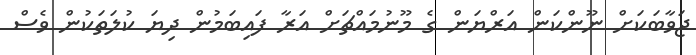
ޖަވާބަކަށް ނޫންކަން އަރްޔަން ގެ މޫނުމައްޗަށް އަރާ ފައިބަމުން ދިޔަ ކުލަތަކުން ވެސް